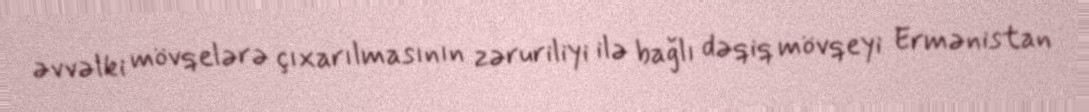
əvvəlki mövqelərə çıxarılmasının zəruriliyi ilə bağlı dəqiq mövqeyi Ermənistan